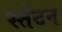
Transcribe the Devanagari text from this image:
स्तेंटन